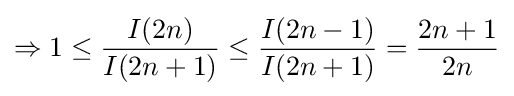
\Rightarrow 1\leq {\frac {I(2n)}{I(2n+1)}}\leq {\frac {I(2n-1)}{I(2n+1)}}={\frac {2n+1}{2n}}